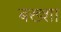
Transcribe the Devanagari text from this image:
बख्‍शा